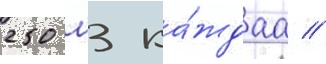
250 м3 ка́ждаа //